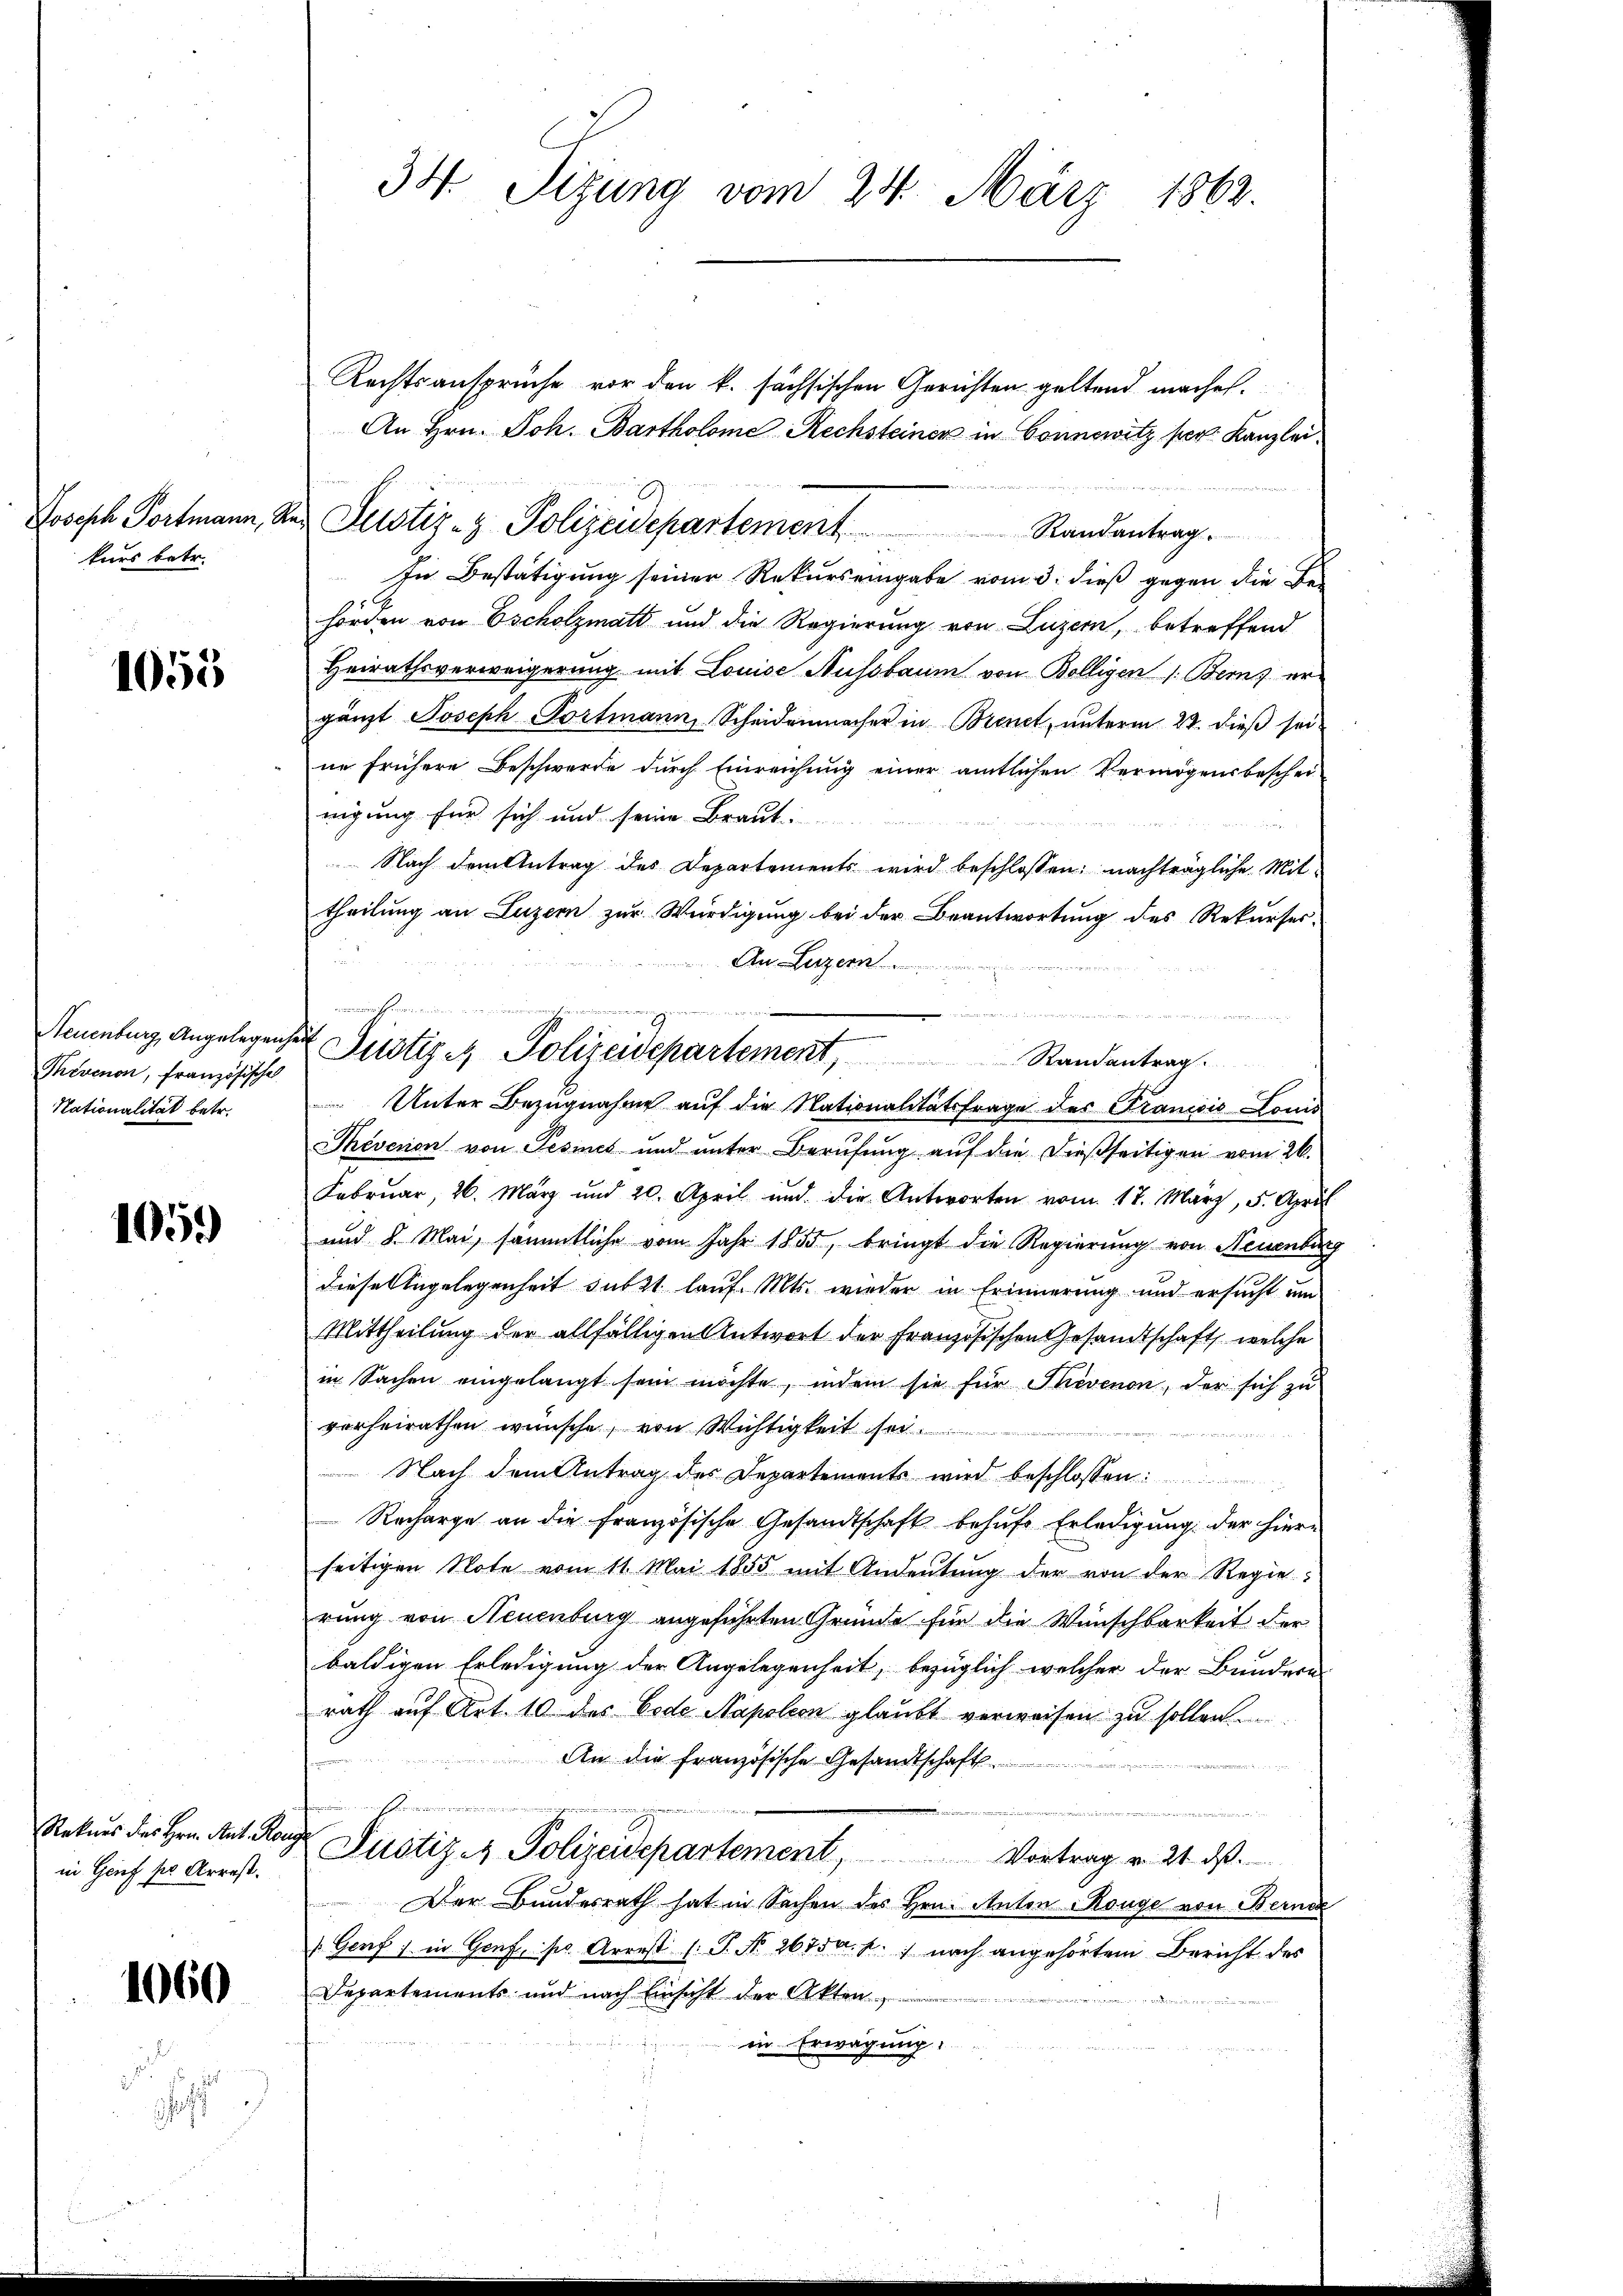
Joseph Portmann, d
kurs betr.

1055

Thevenon, französisches
Nationalität betr.

105.)

in Genf per Arrest.

1060

a

34. Sizung vom 24. März 1862.

Rechtsansprüche vor den k. sächsischen Gerichten geltend machet.
An Hrn. Joh. Bartholome Rechsteiner in Connowitz per Kanzlei
In Bestätigung seiner Rekurs eingabe vom 3. dieß gegen die Behörden von Escholzmatt und die Regierung von Luzern, betreffend
Heirathsverweigerung mit Louise Aussbaum von Bolligen 1. Berns ergänzt Joseph Portmann, Scheidenmacher in Brenet, unterm 23. dieß sei
ne frühere Beschwerde durch Einreichung einer amtlichen Vermögensbeschei-
nigung für sich und seine Braut
Nach dem Antrag des Departements wird beschlossen: nachträgliche Mit-
theilung an Luzern zur Würdigung bei der Beantwortung des Rekurses-
An Luzern
.
 Unter Bezugnahme auf die Nationalitätsfrage des Francois Louis
Theverion von Pesines und unter Berufung auf die dießseitigen vom 26.
Februar, 26. März und 20. April und die Antworten vom 17. März, 5. April
und 8. Mai, sämmtliche vom Jahr 1855, bringt die Regierung von Neuenburg
diese Angelegenheit subst lauf. Mts. wieder in Erinnerung und ersucht um
Mittheilung der allfälligen Antwort der Französischen Gesandtschaft, welche
in Sachen eingelangt sein möchte, indem sie für Thevenon, der sich zu
vorheirathen wünsche, von Wichtigkeit so

Nach dem Antrag des Departements wird beschlossen:
Recharge an die französische Gesandtschaft behufe Erledigung der hierseitigen Note vom 11. Mai 1855 mit Andeutung der von der Regierung von Neuenburg angeführten Gründe für die Wünschbarkeit der
baldigen Erledigung der Angelegenheit, bezüglich welcher der Bundern
rath auf Art. 10 des Code Napoleon glaubt verweisen zu sollen.
 An die Französische Gesamtschaft
h
e
Natur des Hrn. Ant. Range Justiz- & Polizeidepartement, Vortrag v. 21. ds.
Der Bundesrath hat in Sachen des Hrn. Anton Rouge von Berne
(Genf ) in Genf, so Arrest (S. Nr. 2678 a. p. nach angehörtem Bericht des
Departements und nach Einsicht der Akten,
in Erwägung:

u
Neuenburg, Angelegenheit Justiger Polizeidepartement, Randantrag.

Ver Justiz- & Polizeidepartement Randantrag.